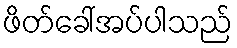
ဖိတ်ခေါ်အပ်ပါသည်